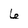
Character: 6